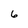
Character: 6